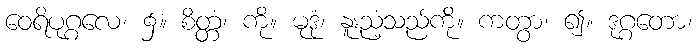
ဝေရိပုဂ္ဂလေ၊ ၌။ စိတ္တံ၊ ကို။ မုဒုံ၊ နူးညံ့သည်ကို။ ကတွာ၊ ၍။ ဒုဂ္ဂတော၊